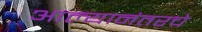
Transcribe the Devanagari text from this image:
आल्यानंतरचे